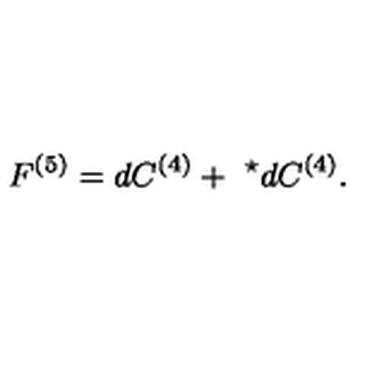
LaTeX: F ^ { ( 5 ) } = d C ^ { ( 4 ) } + \ ^ { \star } d C ^ { ( 4 ) } . \nonumber